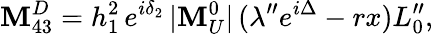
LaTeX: \mathbf{M}_{43}^{D}=h_{1}^{2}\, e^{i\delta_{2}}\, |\mathbf{M}_{U}^{0}|\, (\lambda^{\prime\prime}e^{i\Delta}-rx)L_{0}^{\prime\prime},